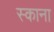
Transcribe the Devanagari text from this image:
स्काना